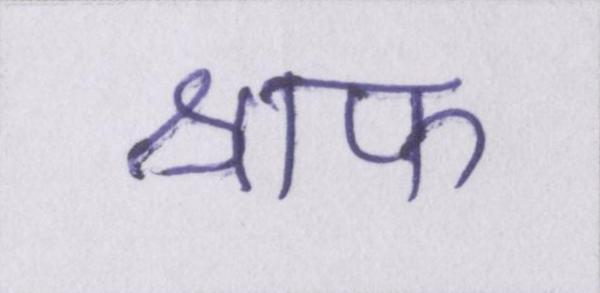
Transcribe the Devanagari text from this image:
श्राफ